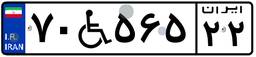
۷۰W۲۱۶۱۳